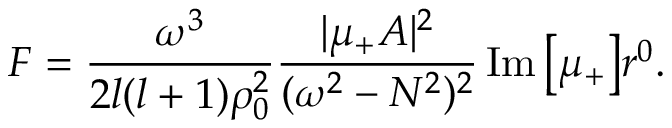
F = \frac { \omega ^ { 3 } } { 2 l ( l + 1 ) \rho _ { 0 } ^ { 2 } } \frac { | \mu _ { + } A | ^ { 2 } } { ( \omega ^ { 2 } - N ^ { 2 } ) ^ { 2 } } \operatorname { I m } \big [ \mu _ { + } \big ] r ^ { 0 } .